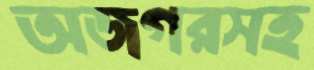
অজগরসহ